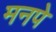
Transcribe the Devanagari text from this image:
मनपे